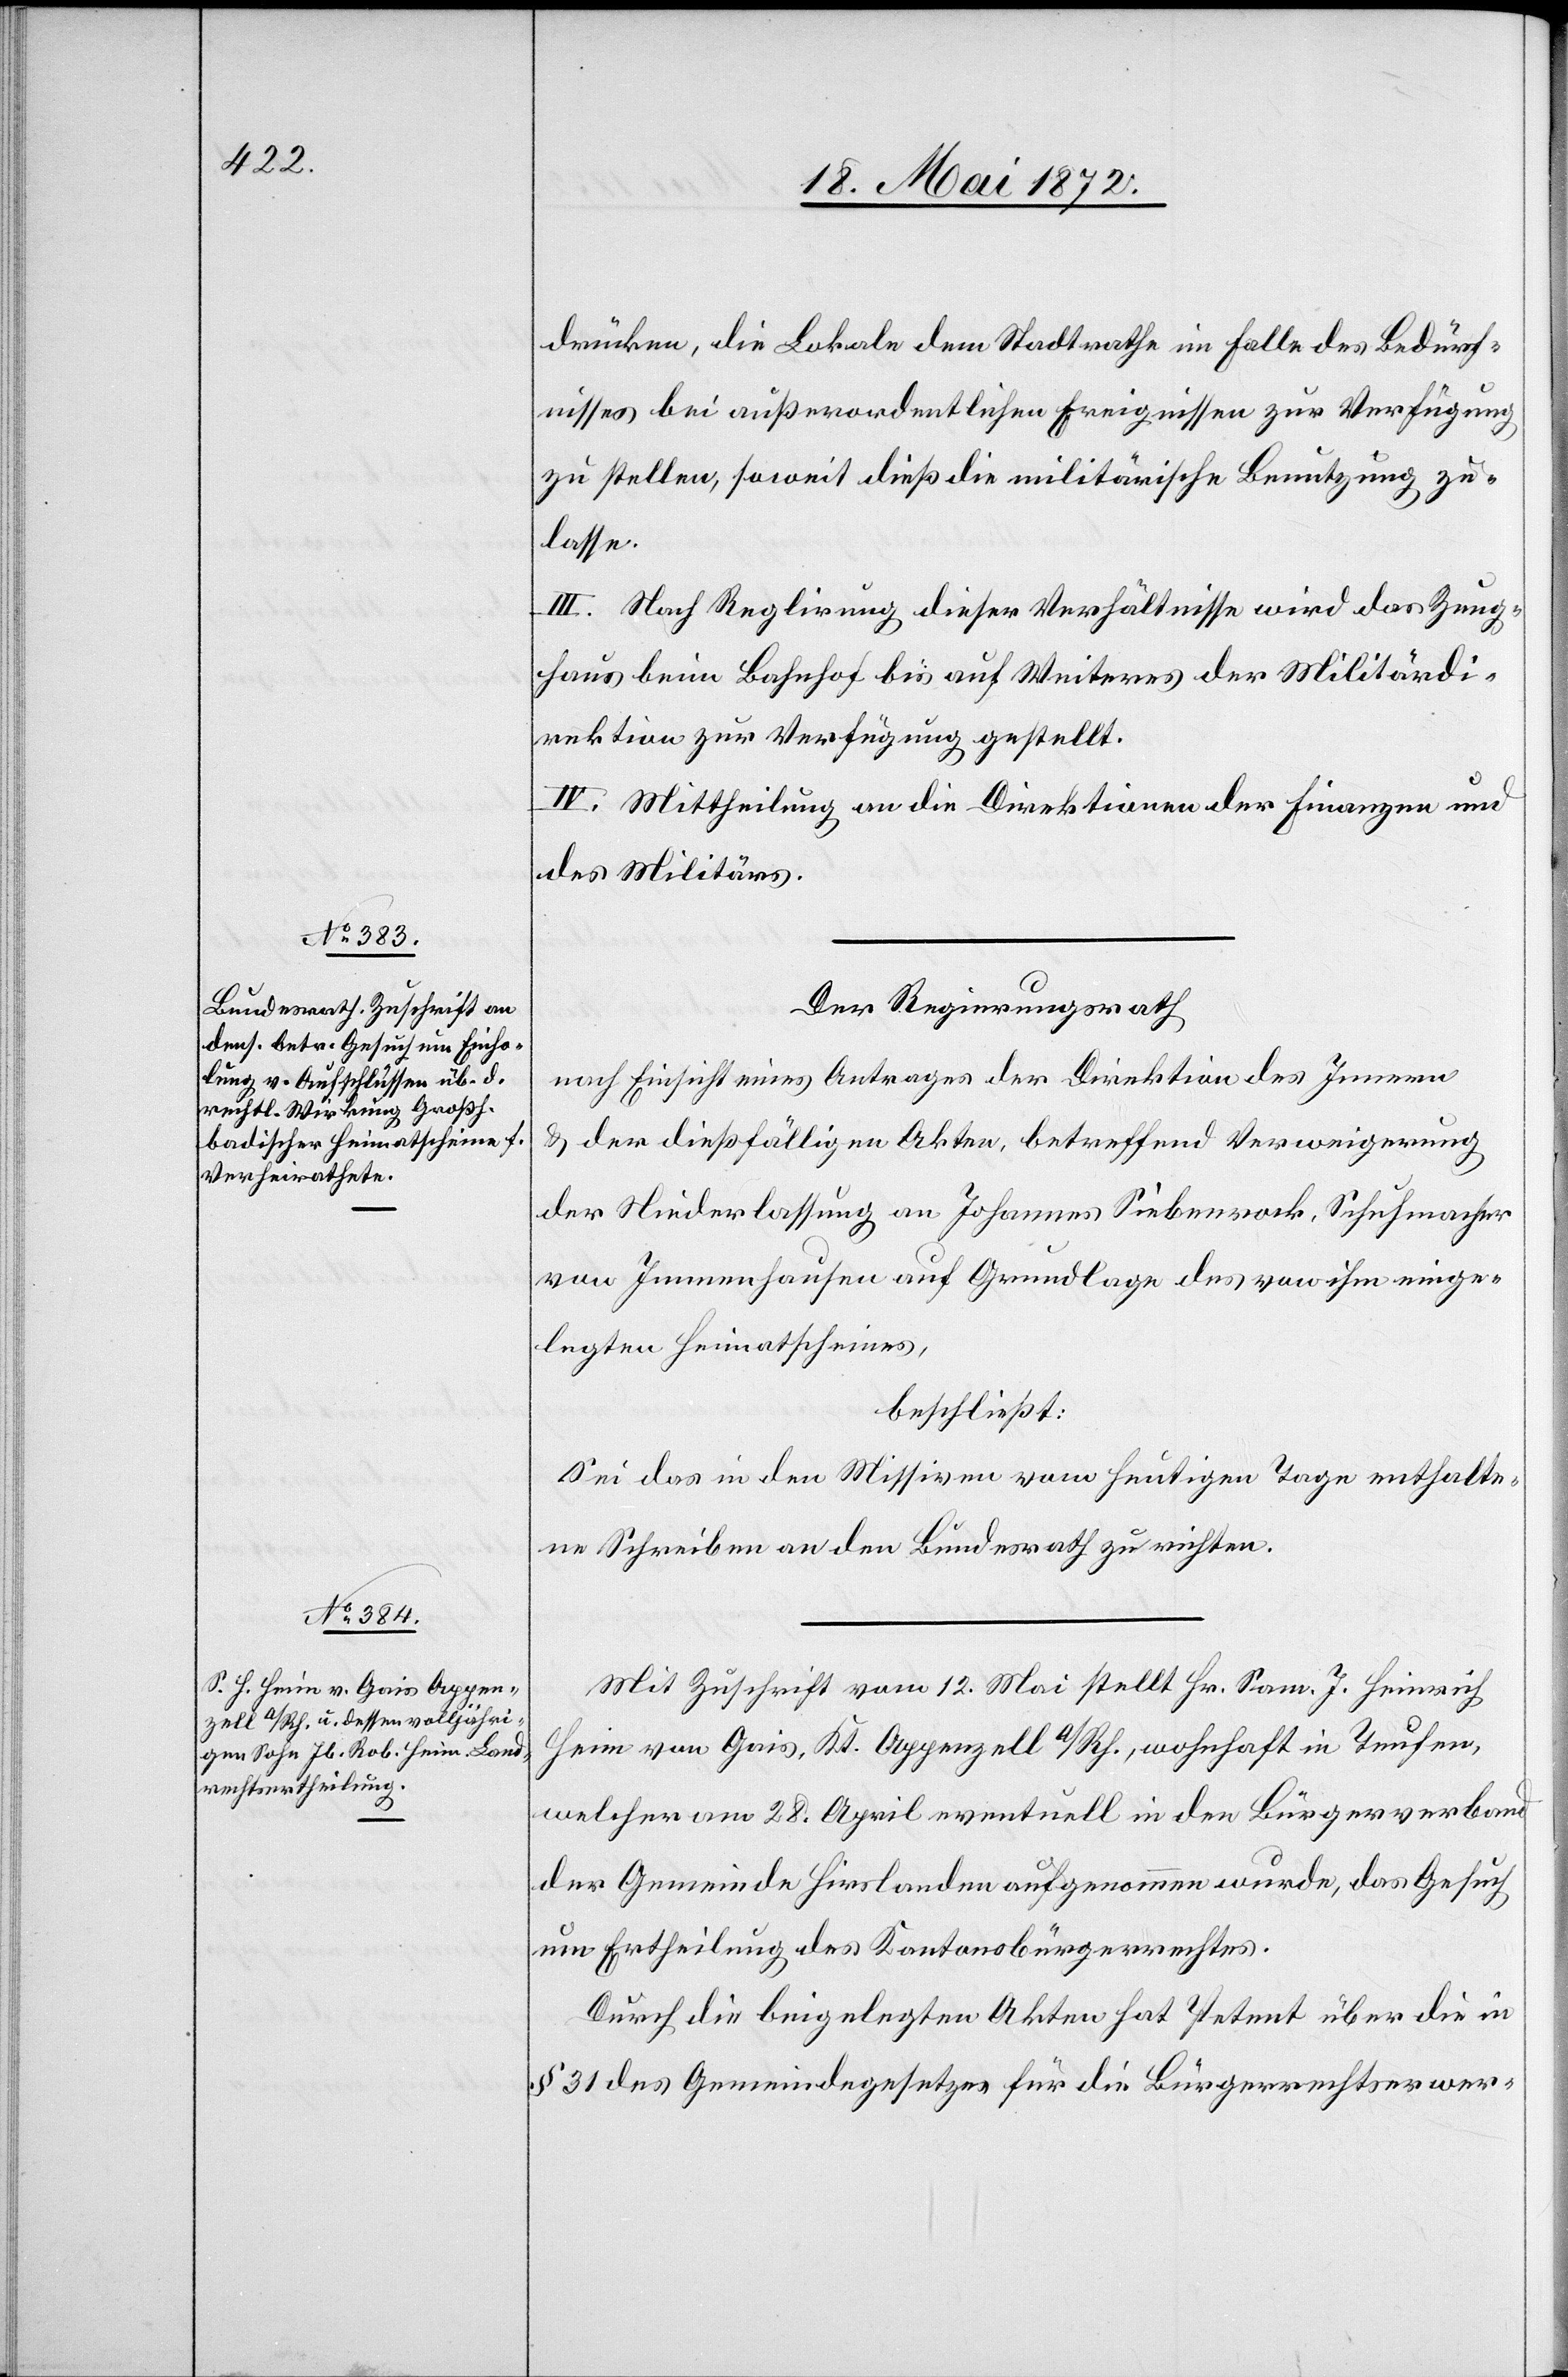
um

drücken, die Lokale dem Stadtrathe im Falle des Bedürf¬
nisses bei außerordentlichen Ereignissen zur Verfügung
zu stellen, soweit dieß die militärische Benutzung zu¬
lasse.
III. Nach Reglirung [sic!] dieser Verhältnisse wird das Zeug¬
haus beim Bahnhof bis auf Weiteres der Militärdi¬
rektion zur Verfügung gestellt.
IV. Mittheilung an die Direktionen der Finanzen und
des Militärs.
Der Regierungsrath
nach Einsicht eines Antrages der Direktion des Innern
u. der dießfälligen Akten, betreffend Verweigerung
der Niederlassung an Johannes Siebenrock, Schuhmacher
von Immenhausen auf Grundlage des von ihm einge¬
legten Heimatscheines,
beschließt:
Sei das in den Missiven vom heutigen Tage enthalte¬
ne Schreiben an den Bundesrath zu richten.
Mit Zuschrift vom 12. Mai stellt Hr. Sam. J. Heinrich
Heim von Gais, Kt. Appenzell a/Rh., wohnhaft in Teufen,
welcher am 28. April eventuell in den Bürgerverband
der Gemeinde Hirslanden aufgenommen wurde, das Gesuch
Durch die beigelegten Akten hat Petent über die in
§ 31 des Gemeindegesetzes für die Bürgerrechtserwer-